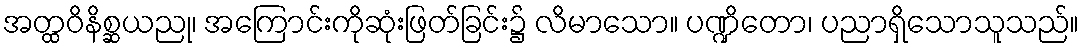
အတ္ထဝိနိစ္ဆယညု၊ အကြောင်းကိုဆုံးဖြတ်ခြင်း၌ လိမာသော။ ပဏ္ဍိတော၊ ပညာရှိသောသူသည်။